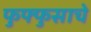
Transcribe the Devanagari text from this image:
फुफ्फुसाचे